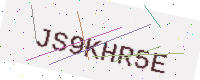
Text: JS9KHR5E